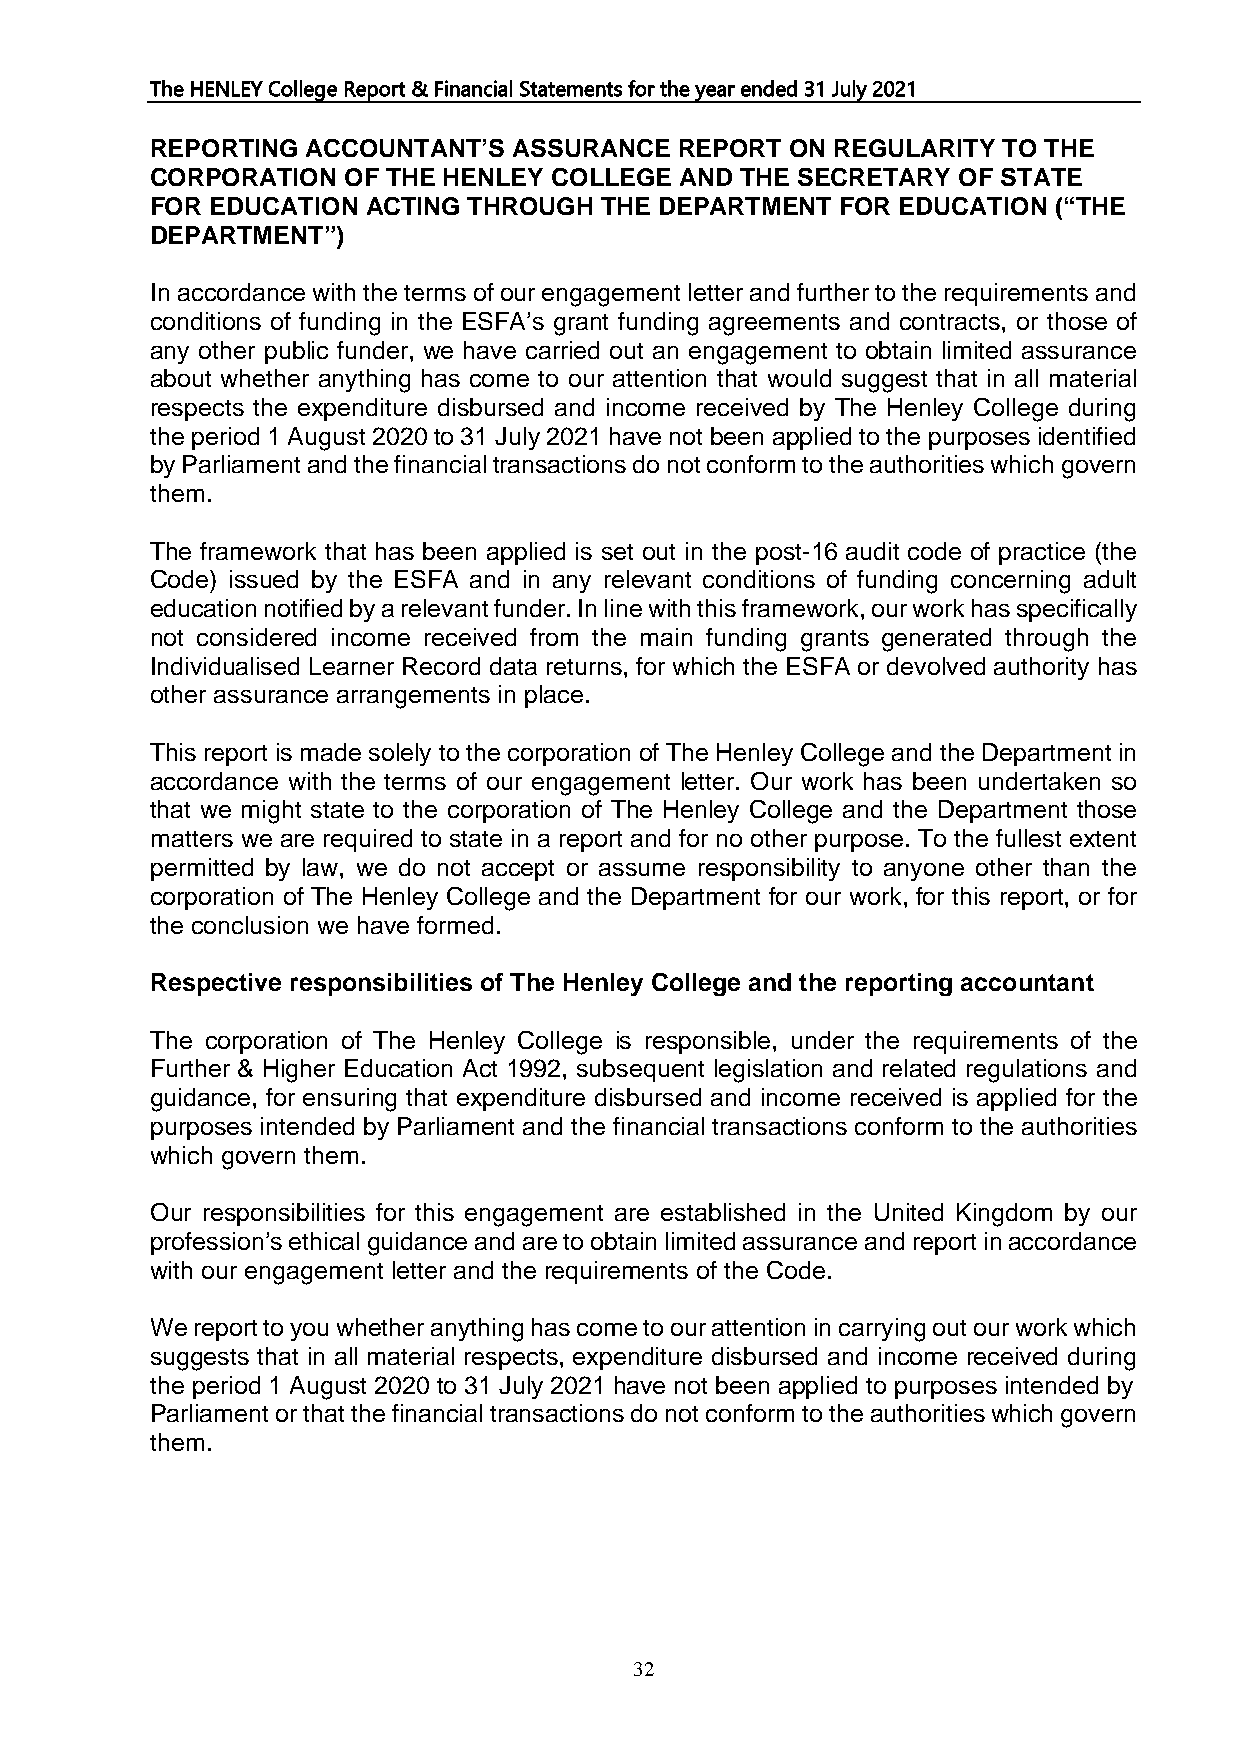
The HENLEY College Report & Financial Statements for the year ended 31 July 2021
 REPORTING ACCOUNTANT’S  ASSURANCE  REPORT ON REGULARITY TO THE
 CORPORATION  OF THE HENLEY COLLEGE AND THE SECRETARY OF STATE
 FOR EDUCATION ACTING THROUGH  THE DEPARTMENT  FOR EDUCATION (“THE
 DEPARTMENT”)
 In accordance with the terms of our engagement letter and further to the requirements and
 conditions of funding in the ESFA’s grant funding agreements and contracts, or those of
 any other public funder, we have carried out an engagement to obtain limited assurance
 about whether anything has come to our attention that would suggest that in all material
 respects the expenditure disbursed and income received by The Henley College during
 the period 1 August 2020 to 31 July 2021 have not been applied to the purposes identified
 by Parliament and the financial transactions do not conform to the authorities which govern
 them.
 The framework that has been applied is set out in the post-16 audit code of practice (the
 Code) issued by the ESFA and in any relevant conditions of funding concerning adult
 education notified by a relevant funder. In line with this framework, our work has specifically
 not considered income received from the main funding grants generated through the
 Individualised Learner Record data returns, for which the ESFA or devolved authority has
 other assurance arrangements in place.
 This report is made solely to the corporation of The Henley College and the Department in
 accordance with the terms of our engagement letter. Our work has been undertaken so
 that we might state to the corporation of The Henley College and the Department those
 matters we are required to state in a report and for no other purpose. To the fullest extent
 permitted by law, we do not accept or assume responsibility to anyone other than the
 corporation of The Henley College and the Department for our work, for this report, or for
 the conclusion we have formed.
 Respective responsibilities of The Henley College and the reporting accountant
 The corporation of The Henley College is responsible, under the requirements of the
 Further & Higher Education Act 1992, subsequent legislation and related regulations and
 guidance, for ensuring that expenditure disbursed and income received is applied for the
 purposes intended by Parliament and the financial transactions conform to the authorities
 which govern them.
 Our responsibilities for this engagement are established in the United Kingdom by our
 profession’s ethical guidance and are to obtain limited assurance and report in accordance
 with our engagement letter and the requirements of the Code.
 We report to you whether anything has come to our attention in carrying out our work which
 suggests that in all material respects, expenditure disbursed and income received during
 the period 1 August 2020 to 31 July 2021 have not been applied to purposes intended by
 Parliament or that the financial transactions do not conform to the authorities which govern
 them.
 32